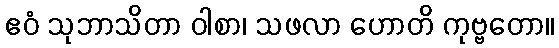
ဧဝံ သုဘာသိတာ ဝါစာ၊ သဖလာ ဟောတိ ကုဗ္ဗတော။